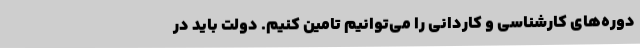
دوره‌های کارشناسی و کاردانی را می‌توانیم تامین کنیم. دولت باید در